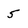
Character: 5